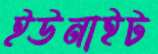
ইউনাইট